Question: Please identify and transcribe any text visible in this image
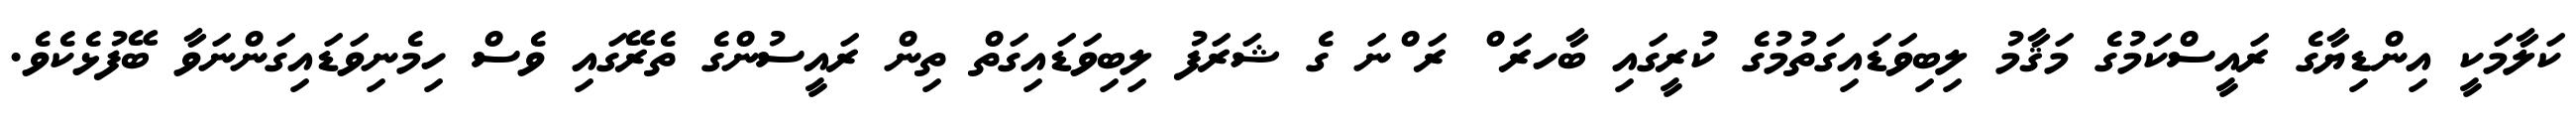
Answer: ކަލާމަކީ އިންޑިޔާގެ ރައީސްކަމުގެ މަޤާމު ލިބިވަޑައިގަތުމުގެ ކުރީގައި ބާހރަ ް ރަ ްނަ ގެ ޝަރަފު ލިބިވަޑައިގަތް ތިން ރައީސުންގެ ތެރޭގައި ވެސް ހިމެނިވަޑައިގަންނަވާ ބޭފުޅެކެވެ.